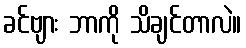
ခင်ဗျား ဘာကို သိချင်တာလဲ။